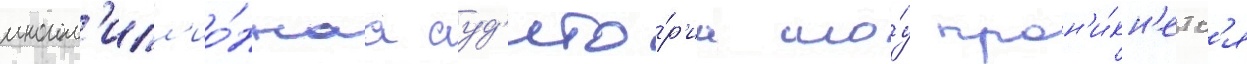
многом'илл'ио́ннаа ауд'ито́р'иа шо́у прон'и́кн'етс'я